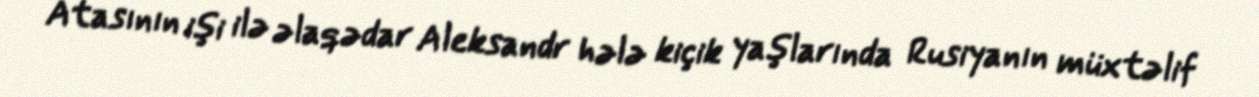
Atasının işi ilə əlaqədar Aleksandr hələ kiçik yaşlarında Rusiyanın müxtəlif